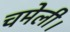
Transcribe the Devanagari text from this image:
चमेली।